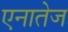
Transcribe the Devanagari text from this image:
एनातेज